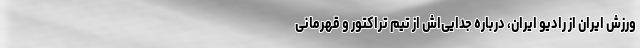
ورزش ایران از رادیو ایران، درباره جدایی‌اش از تیم تراکتور و قهرمانی